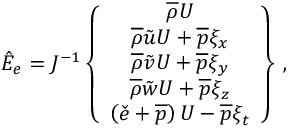
\hat { E } _ { e } = J ^ { - 1 } \left\{ \begin{array} { c } { \overline { { \rho } } U } \\ { \overline { { \rho } } \tilde { u } U + \overline { { p } } \xi _ { x } } \\ { \overline { { \rho } } \tilde { v } U + \overline { { p } } \xi _ { y } } \\ { \overline { { \rho } } \tilde { w } U + \overline { { p } } \xi _ { z } } \\ { \left( \check { e } + \overline { { p } } \right) U - \overline { { p } } \xi _ { t } } \end{array} \right\} \, \mathrm { , }